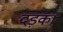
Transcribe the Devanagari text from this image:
दड़का